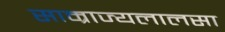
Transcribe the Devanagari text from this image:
साम्राज्यलालसा